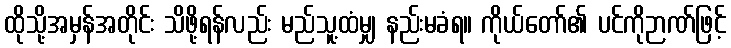
ထိုသို့အမှန်အတိုင်း သိဖို့ရန်လည်း မည်သူ့ထံမျှ နည်းမခံရ။ ကိုယ်တော်၏ ပင်ကိုဉာဏ်ဖြင့်